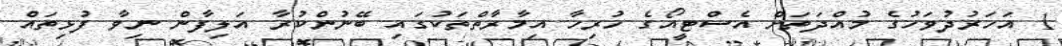
1 އަހަރުދުވަހުގެ މުއްދަތަަށް އެސްޓީއޯގެ ހުރިހާ އިމާރާތްތަކުގައި ބޭނުންކުރާ އަލިފާން ނިވާ ފުޅިތައް